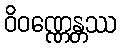
ဝိဝဏ္ဏေန္တဿ